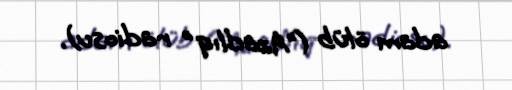
adam ölüb ("Azadlıq" radiosu).